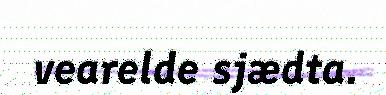
vearelde sjædta.